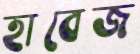
হাবেজ